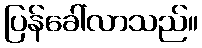
ပြန်ခေါ်လာသည်။